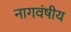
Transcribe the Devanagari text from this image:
नागवंषीय